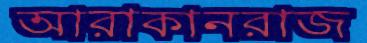
আরাকানরাজ